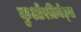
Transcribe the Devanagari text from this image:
कुओरडिनेट्स